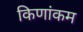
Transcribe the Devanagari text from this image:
किणांकम